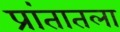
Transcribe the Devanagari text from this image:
प्रांतातला